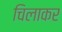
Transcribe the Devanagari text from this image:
चिलाकर